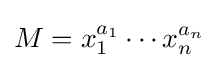
M=x_{1}^{a_{1}}\cdots x_{n}^{a_{n}}